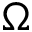
\Omega